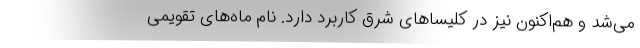
می‌شد و هم‌اکنون نیز در کلیساهای شرق کاربرد دارد. نام ماه‌های تقویمی